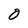
Character: 0